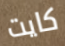
كايت